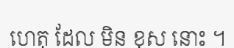
ហេតុ ដែល មិន ខុស នោះ ។